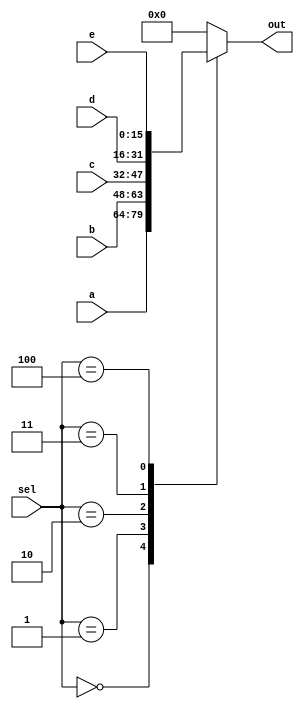
/*
   This file was generated automatically by the Mojo IDE version B1.3.6.
   Do not edit this file directly. Instead edit the original Lucid source.
   This is a temporary file and any changes made to it will be destroyed.
*/

module mux_5_17 (
    input [15:0] a,
    input [15:0] b,
    input [15:0] c,
    input [15:0] d,
    input [15:0] e,
    input [2:0] sel,
    output reg [15:0] out
  );
  
  
  
  always @* begin
    
    case (sel)
      3'h0: begin
        out = a;
      end
      3'h1: begin
        out = b;
      end
      3'h2: begin
        out = c;
      end
      3'h3: begin
        out = d;
      end
      3'h4: begin
        out = e;
      end
      default: begin
        out = 16'h0000;
      end
    endcase
  end
endmodule